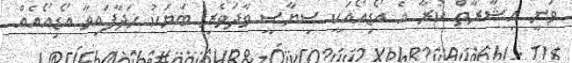
ވަނީ އިޝާރާތް ކުރާ އެ އޯޑިއޯއަކީ ސިޔާސީ ވާދަވެރި ބަޔަކު ހަދާފައިވާ އޯޑިއޯއެއް